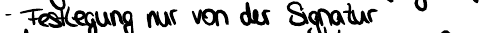
- Festlegung nur von der Signatur